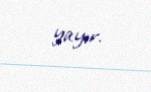
yayır.